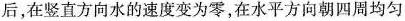
后，在竖直方向水的速度变为零，在水平方向朝四周均匀